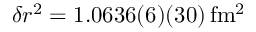
\delta r ^ { 2 } = 1 . 0 6 3 6 ( 6 ) ( 3 0 ) \, \mathrm { f m ^ { 2 } }